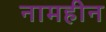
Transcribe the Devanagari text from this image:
नामहीन